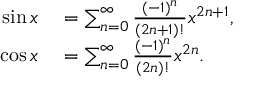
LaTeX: \begin{array} { r l } { \sin x } & { { } = \sum _ { n = 0 } ^ { \infty } { \frac { ( - 1 ) ^ { n } } { ( 2 n + 1 ) ! } } x ^ { 2 n + 1 } , } \\ { \cos x } & { { } = \sum _ { n = 0 } ^ { \infty } { \frac { ( - 1 ) ^ { n } } { ( 2 n ) ! } } x ^ { 2 n } . } \end{array}